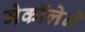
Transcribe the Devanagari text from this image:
मेकॉलेने